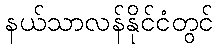
နယ်သာလန်နိုင်ငံတွင်